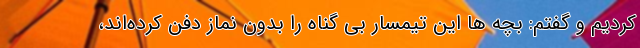
کردیم و گفتم: بچه ها این تیمسار بی گناه را بدون نماز دفن کرده‌اند،